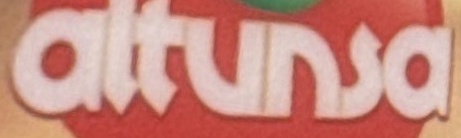
altunsa